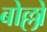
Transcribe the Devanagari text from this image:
बोल्लो